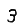
Digit: 3